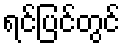
ရင်ပြင်တွင်